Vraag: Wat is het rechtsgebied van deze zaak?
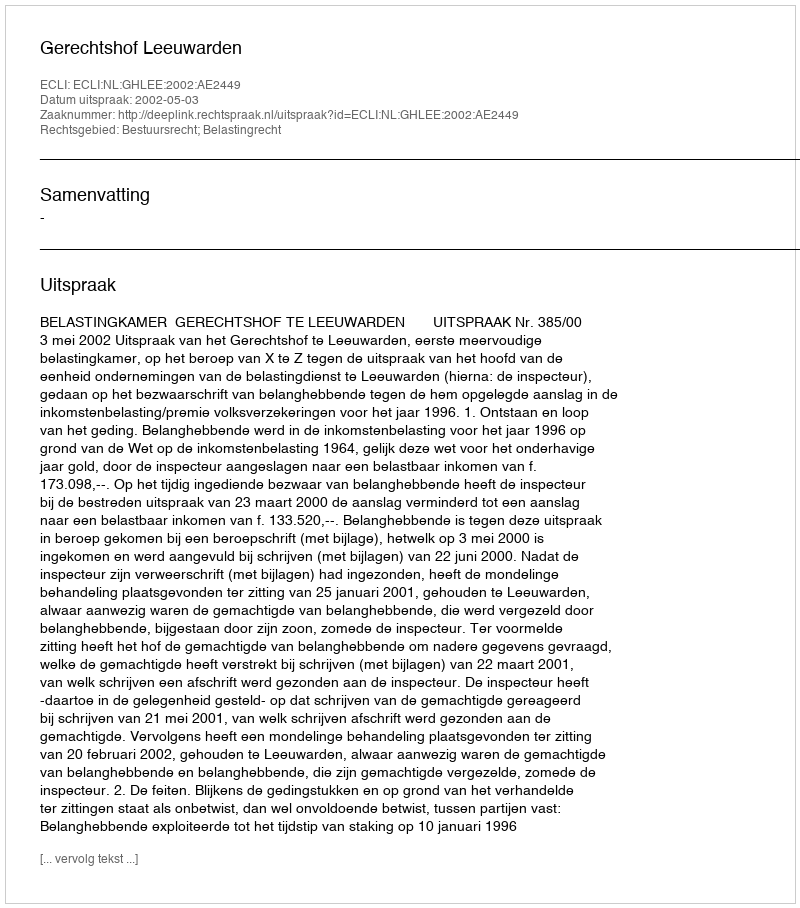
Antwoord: Bestuursrecht; Belastingrecht